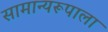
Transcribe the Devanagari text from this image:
सामान्यरूपाला